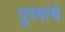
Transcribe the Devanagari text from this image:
पुरषांचे